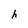
Character: h